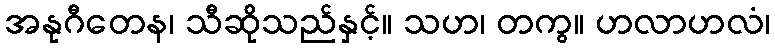
အနုဂီတေန၊ သီဆိုသည်နှင့်။ သဟ၊ တကွ။ ဟလာဟလံ၊